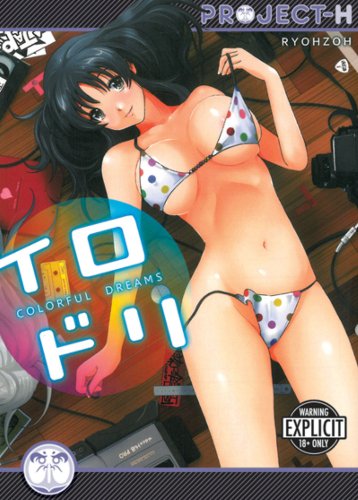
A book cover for Colorful Dreams (Hentai Manga); Ryouzoh; Comics & Graphic Novels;